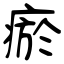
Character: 瘀